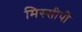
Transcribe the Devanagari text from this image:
मिस्सीपी